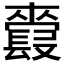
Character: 𲈢